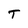
Character: T